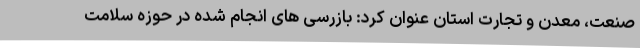
صنعت، معدن و تجارت استان عنوان کرد: بازرسی های انجام شده در حوزه سلامت